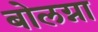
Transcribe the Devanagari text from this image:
बोलग्ना